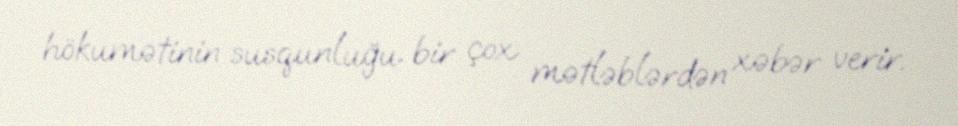
hökumətinin susqunluğu bir çox mətləblərdən xəbər verir.